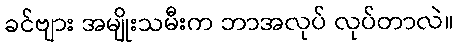
ခင်ဗျား အမျိုးသမီးက ဘာအလုပ် လုပ်တာလဲ။